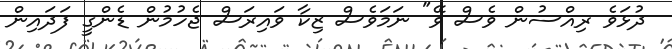
ދުޅަވެ ރިއްސުން ވެސް ވޭ" ނަމަވެސް ޒިކާ ވައިރަސް ޖެހުމުން ޑެންގީ ފަދައިން